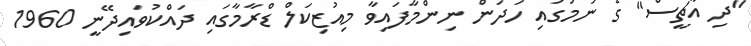
"ދި އާޗީސް" ގެ ނަމުގައި ހަދަން ނިންމާފައިވާ މިއުޒިކަލް ޑްރާމާގައި ދައްކުވައިދޭނީ 1960